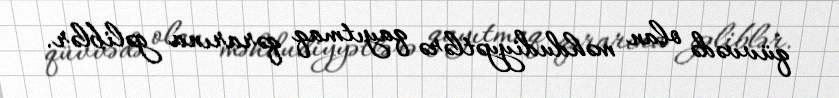
qüvvədə olan məhdudiyyətlərə qayıtmaq qərarına gəliblər.